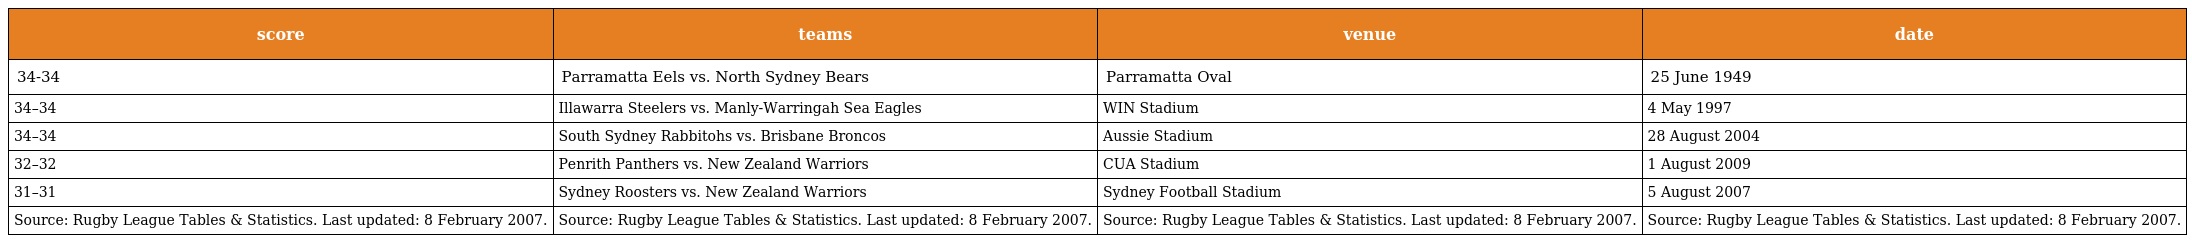
| score | teams | venue | date |
 | --- | --- | --- | --- |
 | 34-34 | Parramatta Eels vs. North Sydney Bears | Parramatta Oval | 25 June 1949 |
 | 34–34 | Illawarra Steelers vs. Manly-Warringah Sea Eagles | WIN Stadium | 4 May 1997 |
 | 34–34 | South Sydney Rabbitohs vs. Brisbane Broncos | Aussie Stadium | 28 August 2004 |
 | 32–32 | Penrith Panthers vs. New Zealand Warriors | CUA Stadium | 1 August 2009 |
 | 31–31 | Sydney Roosters vs. New Zealand Warriors | Sydney Football Stadium | 5 August 2007 |
 | Source: Rugby League Tables & Statistics. Last updated: 8 February 2007. | Source: Rugby League Tables & Statistics. Last updated: 8 February 2007. | Source: Rugby League Tables & Statistics. Last updated: 8 February 2007. | Source: Rugby League Tables & Statistics. Last updated: 8 February 2007. |